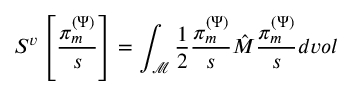
S ^ { v } \left[ \frac { \pi _ { m } ^ { ( \Psi ) } } { s } \right] = \int _ { \mathcal { M } } \frac { 1 } { 2 } \frac { \pi _ { m } ^ { ( \Psi ) } } { s } \hat { M } \frac { \pi _ { m } ^ { ( \Psi ) } } { s } d v o l